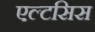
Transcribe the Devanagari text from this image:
एल्टसिस